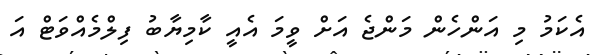
އެކަމު މި އަންހެން މަންޖެ އަށް ވީމަ އެއީ ކާމިޔާބު ފިލްމެއްވަޓް އަ